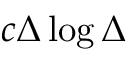
c \Delta \log \Delta